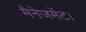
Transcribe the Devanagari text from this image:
मैनेजमेंट।